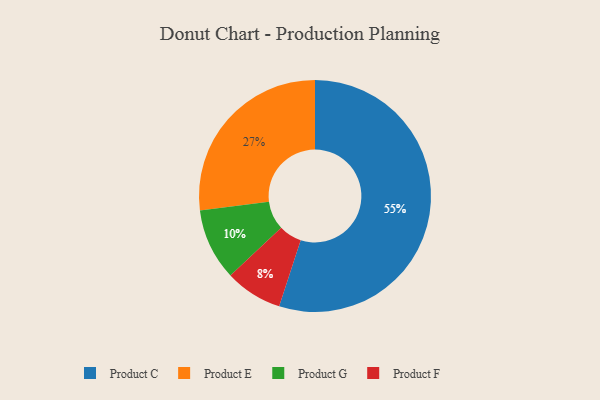
{"axis": {"x": "Category", "y": "Percentage"}, "legend": ["Product C", "Product E", "Product F", "Product G"], "data": [{"x": "Product F", "y": 8, "type": "Product F"}, {"x": "Product C", "y": 55, "type": "Product C"}, {"x": "Product E", "y": 27, "type": "Product E"}, {"x": "Product G", "y": 10, "type": "Product G"}]}